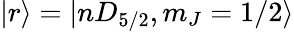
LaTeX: |r\rangle=|nD_{5/2},m_{J}=1/2\rangle